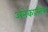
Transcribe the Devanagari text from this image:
अनेकान्तिक